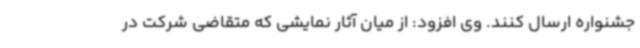
جشنواره ارسال کنند. وی افزود: از میان آثار نمایشی که متقاضی شرکت در